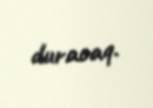
duracaq.